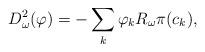
LaTeX: \begin{align*}D_{\omega}^2 (\varphi)=-\sum_k \varphi_k R_{\omega}\pi (c_k),\end{align*}